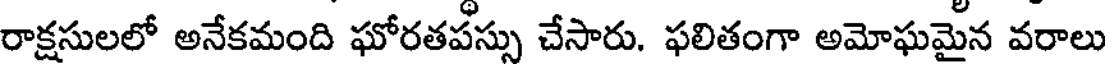
రాక్షసులలో అనేకమంది ఘోరతపస్సు చేసారు. ఫలితంగా అమోఘమైన వరాలు